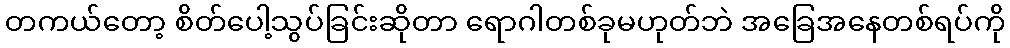
တကယ်တော့ စိတ်ပေါ့သွပ်ခြင်းဆိုတာ ရောဂါတစ်ခုမဟုတ်ဘဲ အခြေအနေတစ်ရပ်ကို